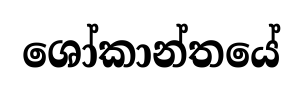
ශෝකාන්තයේ